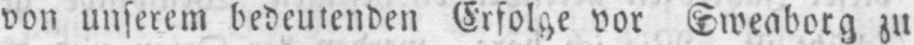
von unserem bedeutenden Erfolge vor Sweaborg zu